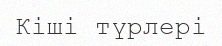
Кіші түрлері